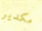
مكدير